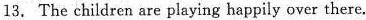
13. The children are playing happily over there.